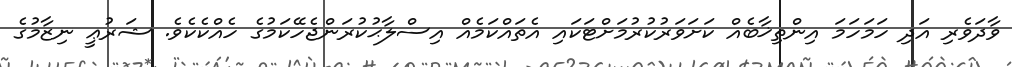
ވާދަވެރި އަދި ހަމަހަމަ އިންތިޚާބެއް ކަށަވަރުކުރުމަށްޓަކައި އެތައްކަމެއް އިސްލާޙުކުރަންޖެހޭކަމުގެ ހެއްކެކެވެ. ޝަރުޢީ ނިޒާމުގެ